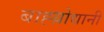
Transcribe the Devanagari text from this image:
बाह्य़ोद्यानी